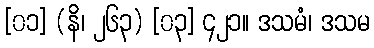
[၀၁] (နိ၊ ၂၆၃) [၀၃] ၄၂၁။ ဒသမံ၊ ဒသမ